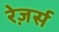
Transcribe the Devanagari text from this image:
रेज़र्स